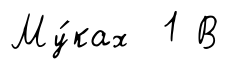
Му́ках 1 В